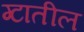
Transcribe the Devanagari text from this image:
ग्टातील